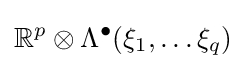
\mathbb {R} ^{p}\otimes \Lambda ^{\bullet }(\xi _{1},\dots \xi _{q})